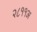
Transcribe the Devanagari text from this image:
२८११अ